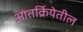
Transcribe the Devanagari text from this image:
आंतर्क्रियेतील